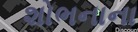
શોભનાના